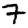
Digit: 7